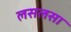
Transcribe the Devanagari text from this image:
लसलसा